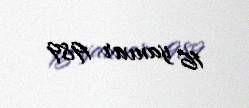
16 yanvar 1989